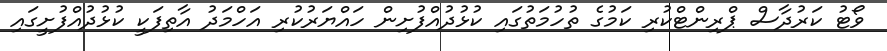
ވޯޓު ކަރުދާސް ޕްރިންޓްކުރި ކަމުގެ ތުހުމަތުގައި ކުޅުދުއްފުށިން ހައްޔަރުކުރި އަހްމަދު އާތިފަކީ ކުޅުދުއްފުށީގައި